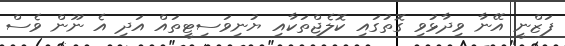
ފަޒްނީ އޭނާ ވިދާޅުވި ގޮތުގައި ކޮލެޖްތަކާއި ޔުނިވަސިޓީތައް އަދި އެ ނޫން ވެސް